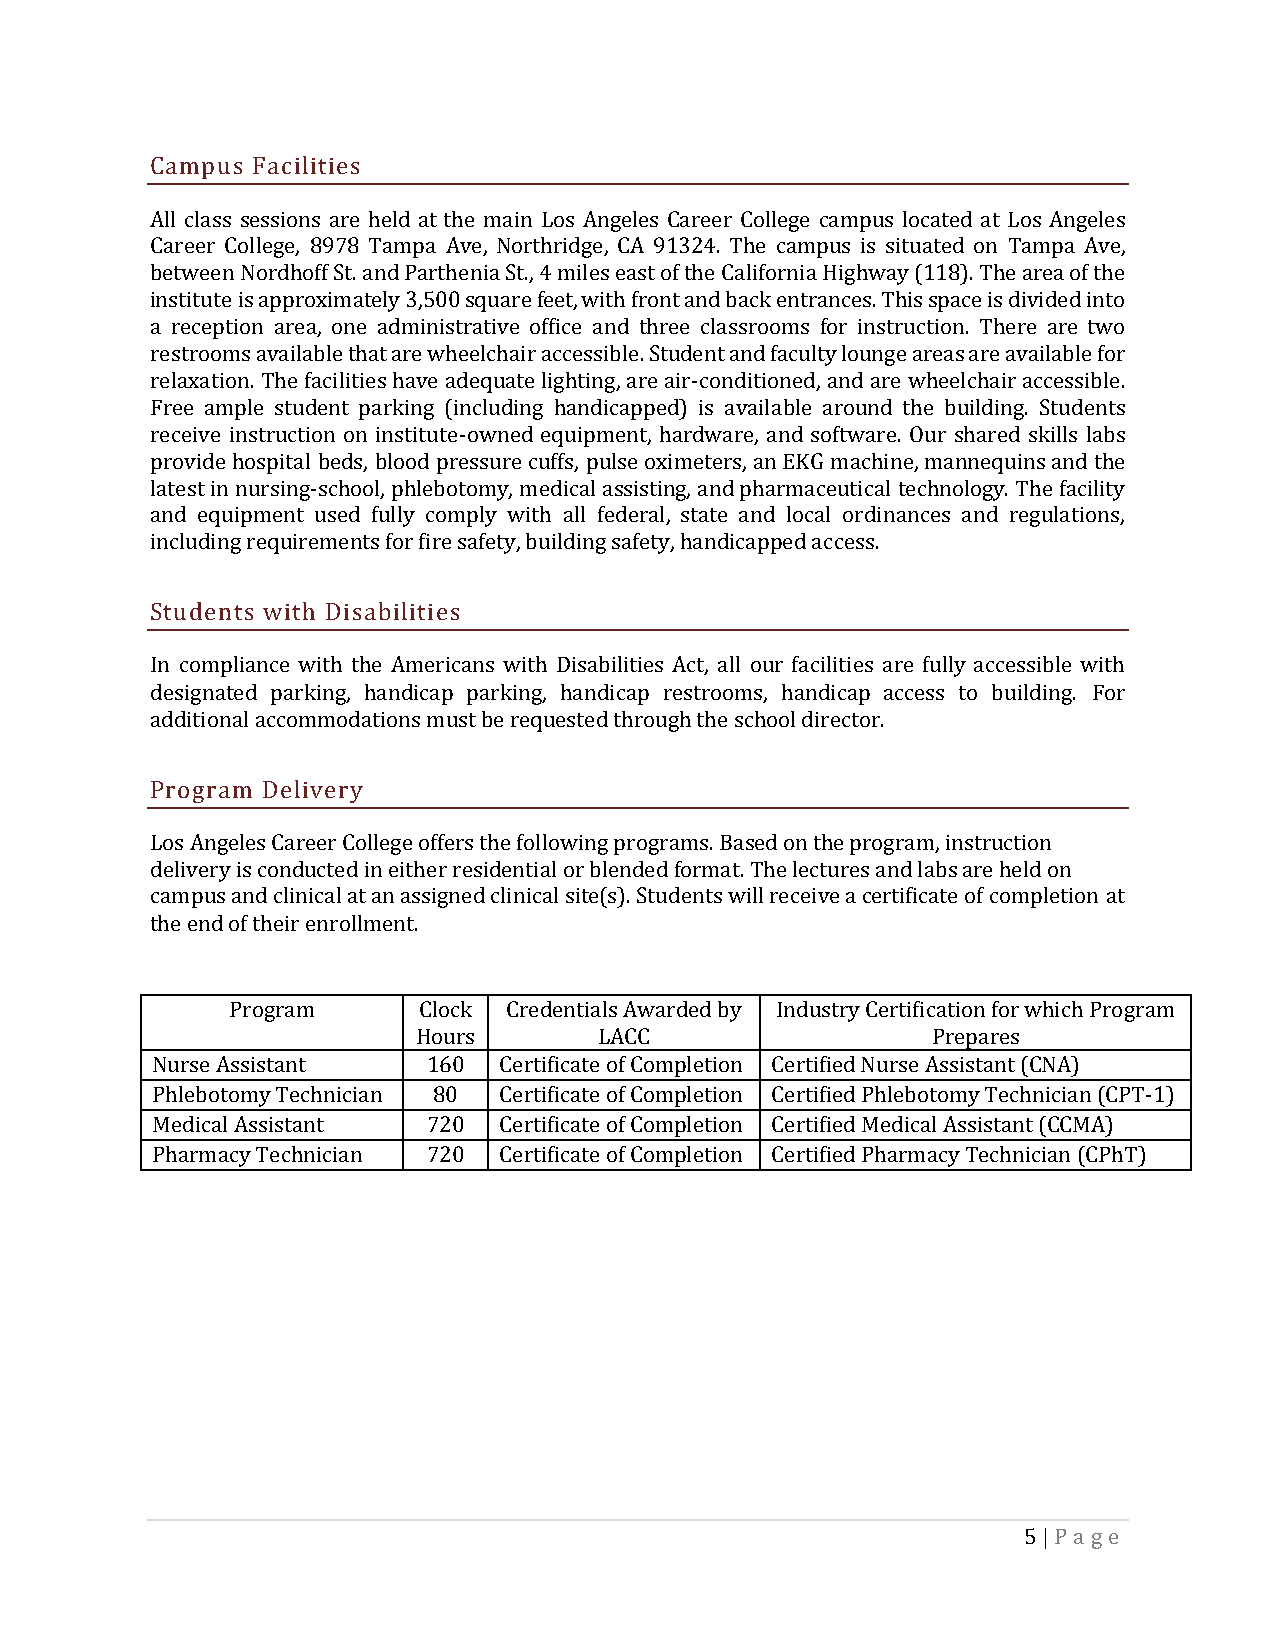
Campus Facilities
 All class sessions are held at the main Los Angeles Career College campus located at Los Angeles
 Career College, 8978 Tampa Ave, Northridge, CA 91324. The campus is situated on Tampa Ave,
 between Nordhoff St. and Parthenia St., 4 miles east of the California Highway (118). The area of the
 institute is approximately 3,500 square feet, with front and back entrances. This space is divided into
 a reception area, one administrative office and three classrooms for instruction. There are two
 restrooms available that are wheelchair accessible. Student and faculty lounge areas are available for
 relaxation. The facilities have adequate lighting, are air-conditioned, and are wheelchair accessible.
 Free ample student parking (including handicapped) is available around the building. Students
 receive instruction on institute-owned equipment, hardware, and software. Our shared skills labs
 provide hospital beds, blood pressure cuffs, pulse oximeters, an EKG machine, mannequins and the
 latest in nursing-school, phlebotomy, medical assisting, and pharmaceutical technology. The facility
 and equipment used fully comply with all federal, state and local ordinances and regulations,
 including requirements for fire safety, building safety, handicapped access.
 Students with Disabilities
 In compliance with the Americans with Disabilities Act, all our facilities are fully accessible with
 designated parking, handicap parking, handicap restrooms, handicap access to building. For
 additional accommodations must be requested through the school director.
 Program Delivery
 Los Angeles Career College offers the following programs. Based on the program, instruction
 delivery is conducted in either residential or blended format. The lectures and labs are held on
 campus and clinical at an assigned clinical site(s). Students will receive a certificate of completion at
 the end of their enrollment.
 Program      Clock Credentials Awarded by Industry Certification for which Program
 Hours       LACC                  Prepares
 Nurse Assistant   160  Certificate of Completion Certified Nurse Assistant (CNA)
 TPhraleinbiontgo my Technician 80 Certificate of Completion Certified Phlebotomy Technician (CPT-1)
 Medical Assistant 720  Certificate of Completion Certified Medical Assistant (CCMA)
 Pharmacy Technician 720 Certificate of Completion Certified Pharmacy Technician (CPhT)
 5 | Pa ge